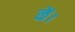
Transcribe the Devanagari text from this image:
ळें।